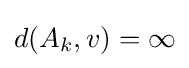
d(A_{k},v)=\infty